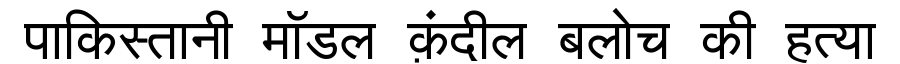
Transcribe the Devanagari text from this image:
पाकिस्तानी मॉडल क़ंदील बलोच की हत्या